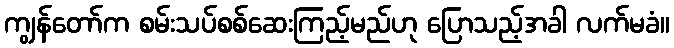
ကျွန်တော်က စမ်းသပ်စစ်ဆေးကြည့်မည်ဟု ပြောသည့်အခါ လက်မခံ။